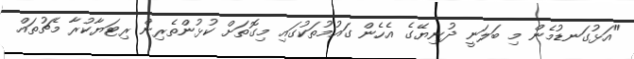
"އަޅުގަނޑުމެން މި ބަލަނީ ދުނިޔޭގެ އެހެން ގައުމުތަކުގައި މިގޮތަށް ކުޅުންތެރިން ރިޓަޔާކުރާ މެޗުތައް